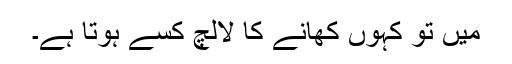
میں تو کہوں کھانے کا لالچ کسے ہوتا ہے۔